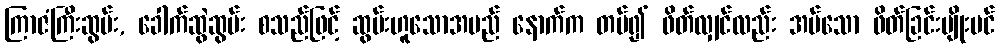
ကြာဇံကြီးဆွမ်း, ခေါက်ဆွဲဆွမ်း စသည်ဖြင့် ဆွမ်းဟူသောအမည် နောက်က တပ်၍ ဖိတ်လျှင်လည်း အပ်သော ဖိတ်ခြင်းမျိုးပင်